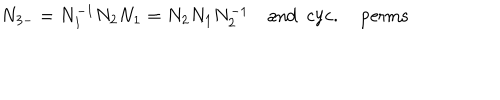
N _ { 3 - } = N _ { 1 } ^ { - 1 } N _ { 2 } N _ { 1 } = N _ { 2 } N _ { 1 } N _ { 2 } ^ { - 1 } \mathrm { a n d } \mathrm { c y c . p e r m s }